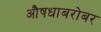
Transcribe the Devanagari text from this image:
औषधाबरोबर